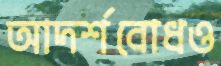
আদর্শবোধও